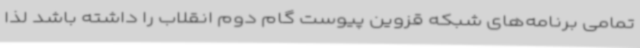
تمامی برنامه‌های شبکه قزوین پیوست گام دوم انقلاب را داشته باشد لذا